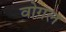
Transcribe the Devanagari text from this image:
वोगल